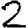
Digit: 2